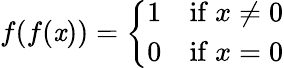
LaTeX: f(f(\mathit{x}))={\left\{ \begin{array}{ll}{1}&{{\mathrm{if~}}x\neq 0}\\ {0}&{{\mathrm{if~}}x=0}\end{array}\right.}